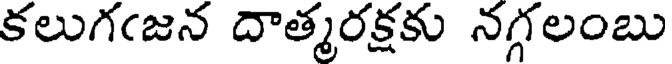
కలుగఁజన దాత్మరక్షకు నగ్గలంబు